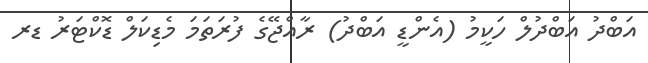
އަބްދު އަބްދުލް ހަކީމު (އެންޑީ އަބްދު) ރާއްޖޭގެ ފުރަތަމަ މެޑިކަލް ޑޮކްޓަރު ޑރ